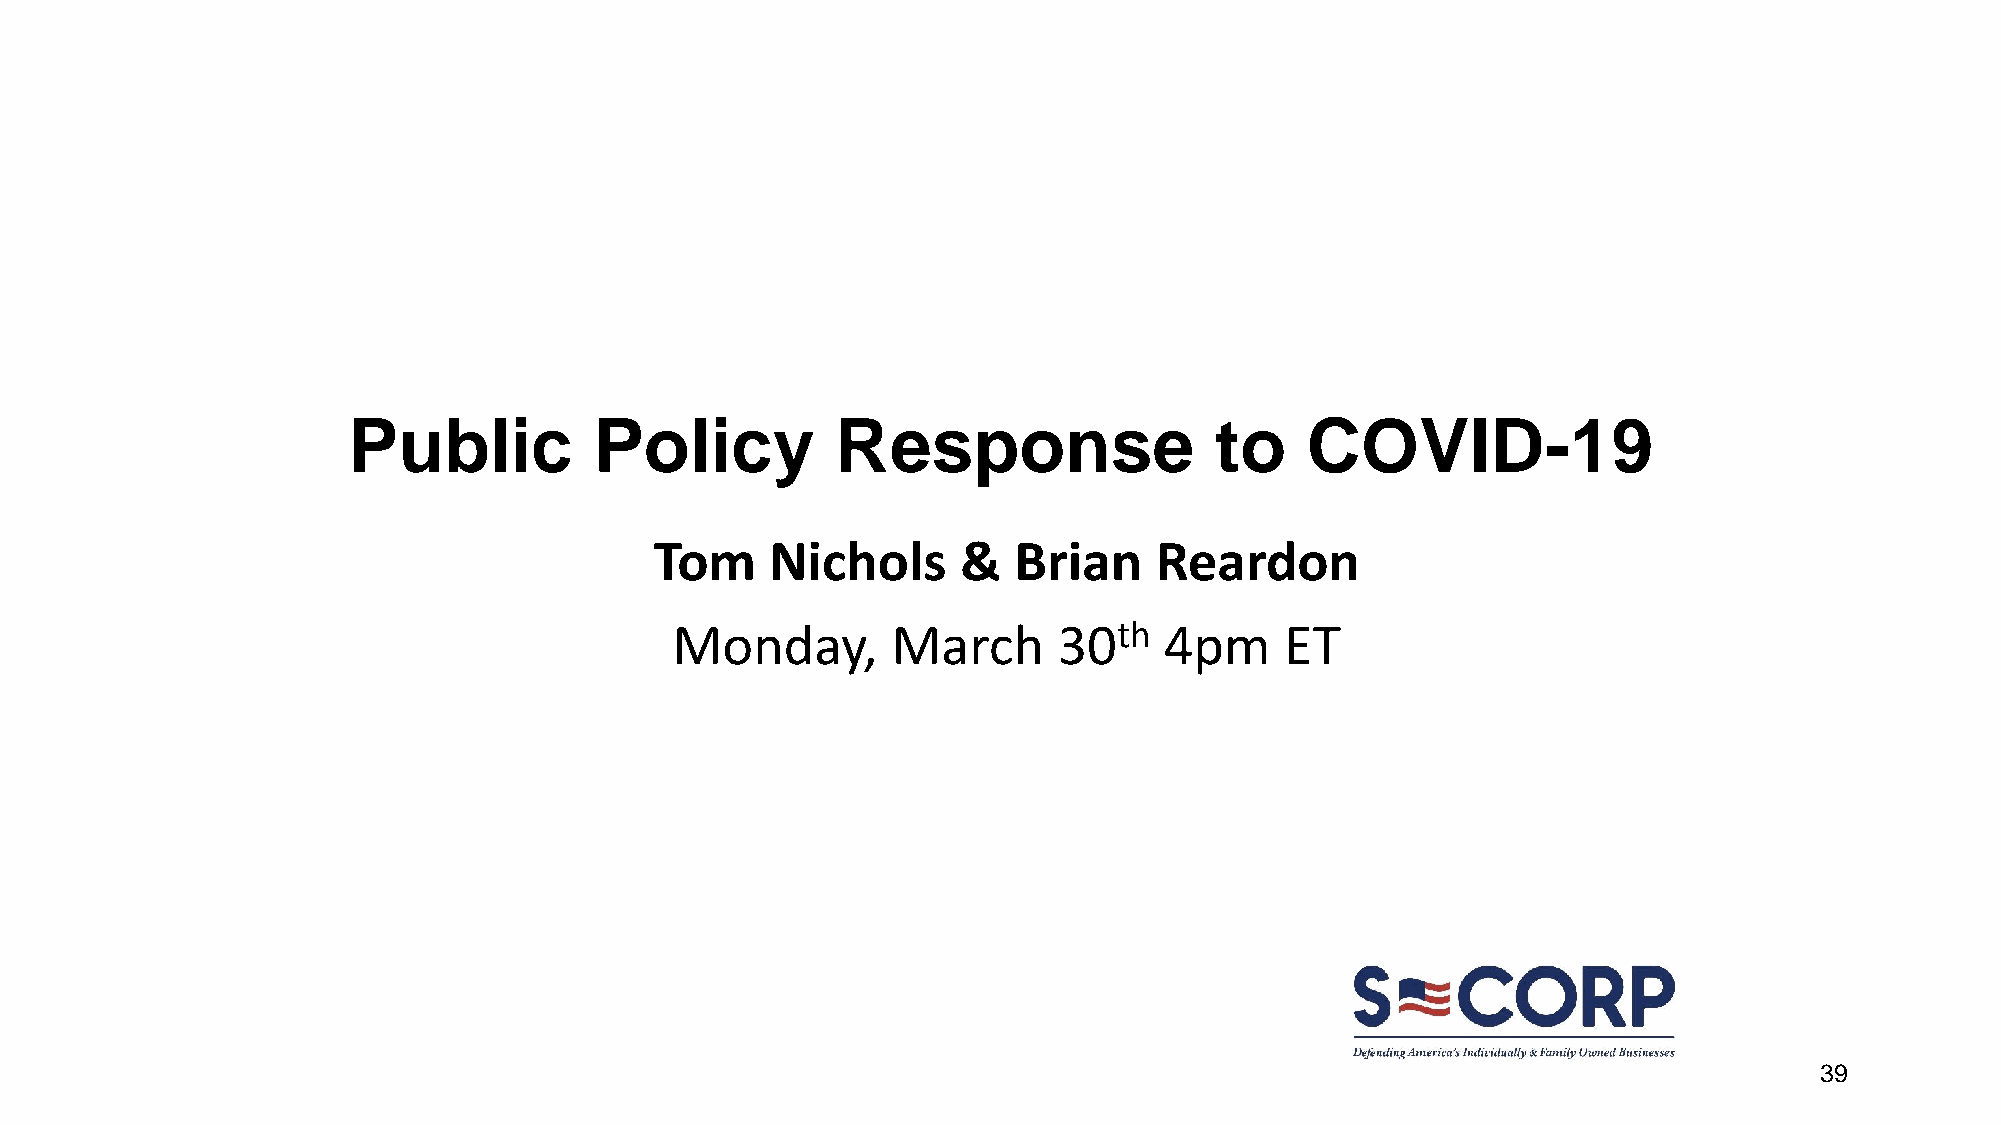
Public          Policy          Response                 to    COVID-19
 Tom     Nichols      &  Brian    Reardon
 Monday,       March      30th   4pm     ET
 39